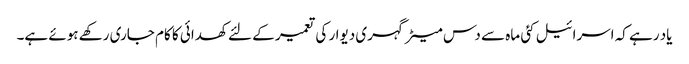
یاد رہے کہ اسرائیل کئی ماہ سے دس میٹر گہری دیوار کی تعمیر کے لئے کھدائی کا کام جاری رکھے ہوئے ہے۔